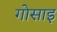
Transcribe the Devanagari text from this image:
गोसाइ